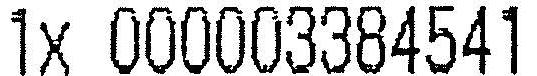
1X 000003384541